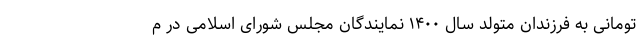
تومانی به فرزندان متولد سال ۱۴۰۰ نمایندگان مجلس شورای اسلامی در م